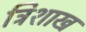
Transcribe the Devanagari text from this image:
त्रिशाख